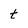
Character: t